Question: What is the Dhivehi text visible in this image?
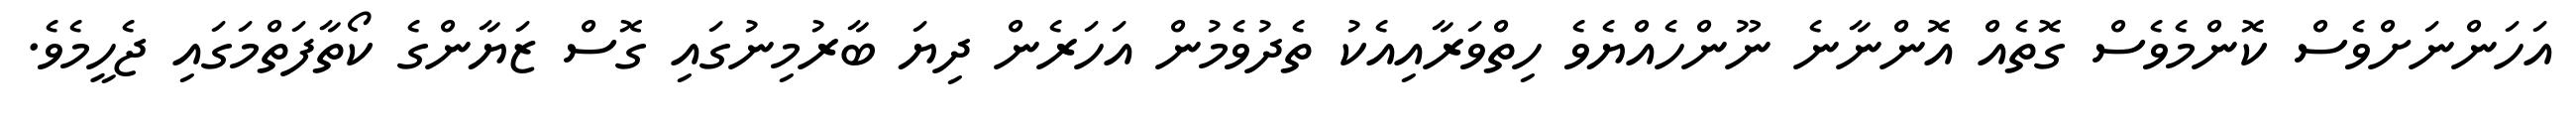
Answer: އަހަންނަށްވެސް ކޮންމެވެސް ގޮތެއް އޮންނާނެ ނޫންހެއްޔެވެ ހިތްވަރާއިއެކު ތެދުވެމުން އަހަރެން ދިޔަ ބާރުމިނުގައި ގޮސް ޒަޔާންގެ ކޯތާފަތްމަގައި ޖެހީމެވެ.